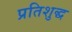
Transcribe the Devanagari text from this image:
प्रतिशुद्ध